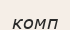
комп